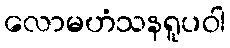
လောမဟံသနရူပဝါ